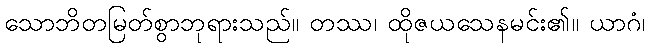
သောဘိတမြတ်စွာဘုရားသည်။ တဿ၊ ထိုဇယသေနမင်း၏။ ယာဂံ၊